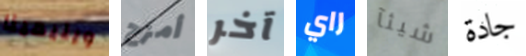
ويليمينا أمزح آخر راي شيئآ جادة